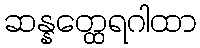
ဆန္နတ္ထေရဂါထာ